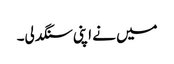
میں نے اپنی سنگدلی۔